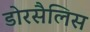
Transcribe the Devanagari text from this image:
डोरसैलिस